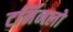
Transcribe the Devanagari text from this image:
टर्मिनलो